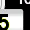
Digit: 5